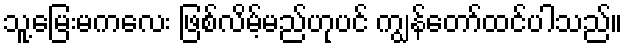
သူ့မြေးမကလေး ဖြစ်လိမ့်မည်ဟုပင် ကျွန်တော်ထင်ပါသည်။